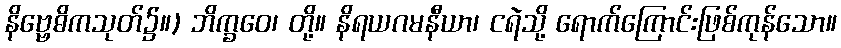
နိဗ္ဗေဓိကသုတ်၌။) ဘိက္ခဝေ၊ တို့။ နိရယဂမနီယာ၊ ငရဲသို့ ရောက်ကြောင်းဖြစ်ကုန်သော။